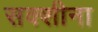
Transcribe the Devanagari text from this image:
सक्शीना